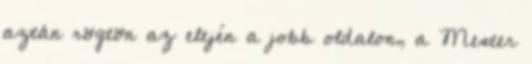
aztán rögtön az elején a jobb oldalon, a Mester